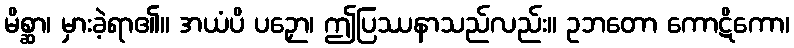
မိစ္ဆာ၊ မှားခဲ့ရာ၏။ အယံပိ ပဉှော၊ ဤပြဿနာသည်လည်း။ ဥဘတော ကောဋိကော၊